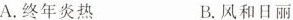
A.终年炎热 B.风和日丽